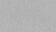
الزنزانة